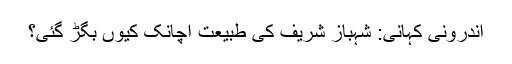
اندرونی کہانی: شہباز شریف کی طبیعت اچانک کیوں بگڑ گئی؟